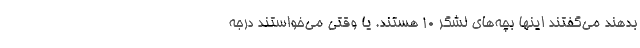
بدهند می‌گفتند اینها بچه‌های لشگر ۱۰ هستند. یا وقتی می‌خواستند درجه